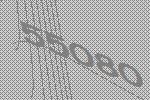
55080